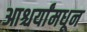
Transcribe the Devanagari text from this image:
आश्चर्यांमधून